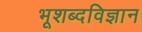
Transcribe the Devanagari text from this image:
भूशब्दविज्ञान